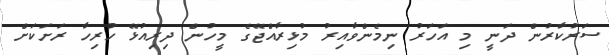
ސަރުކާރުން ދަނީ މި އަހަރު ނިމެންވާއިރު މުޅިރާއްޖޭގެ މީހުން ދިރިއުޅޭ ހުރިހާ ރަށަކަށް